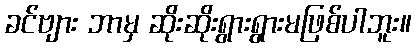
ခင်ဗျား ဘာမှ ဆိုးဆိုးရွားရွားမဖြစ်ပါဘူး။